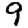
Digit: 9